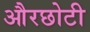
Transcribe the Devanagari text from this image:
औरछोटी